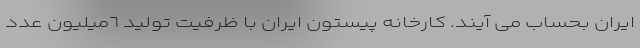
ایران بحساب می آیند. کارخانه پیستون ایران با ظرفیت تولید ٦میلیون عدد